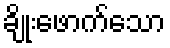
ချိုးဖောက်သော